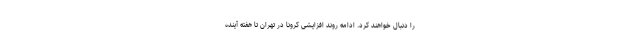
را دنبال خواهند کرد. ادامه روند افزایشی کرونا در تهران تا هفته آینده